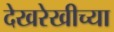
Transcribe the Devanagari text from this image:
देखरेखीच्या